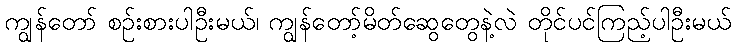
ကျွန်တော် စဉ်းစားပါဦးမယ်၊ ကျွန်တော့်မိတ်ဆွေတွေနဲ့လဲ တိုင်ပင်ကြည့်ပါဦးမယ်